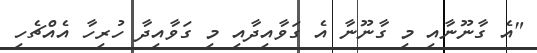
"އެ ގާނޫނާއި މި ގާނޫނާ އެ ގަވާއިދާއި މި ގަވާއިދާ ހުރިހާ އެއްޗެހި